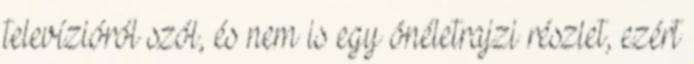
te­levízióról szól, és nem is egy önéletrajzi részlet, ezért